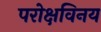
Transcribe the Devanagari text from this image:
परोक्षविनय